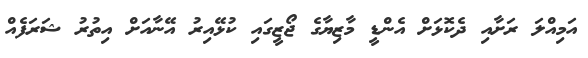
އަމިއްލަ ރަށާއި ދެކޮޅަށް އެންޑީ މާޒިޔާގެ ޖޯޒީގައި ކުޅޭއިރު އޭނާއަށް އިތުރު ޝަރަފެއް